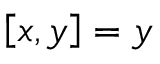
\left[ x , y \right] = y